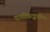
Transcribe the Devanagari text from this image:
परमशिवदृङ्मात्रविषयः